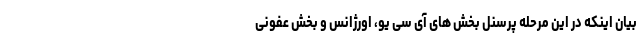
بیان اینکه در این مرحله پرسنل بخش های آی سی یو، اورژانس و بخش عفونی